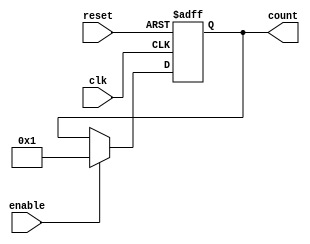
`timescale 1ns / 1ps
//////////////////////////////////////////////////////////////////////////////////
// Company: 
// Engineer: 
// 
// Design Name: 
// Module Name: blocking_counter
// Project Name: 
// Target Devices: 
// Tool Versions: 
// Description: 
// 
// Dependencies: 
// 
// Revision:
// Revision 0.01 - File Created
// Additional Comments:
// 
//////////////////////////////////////////////////////////////////////////////////


module counter(reset,clk,enable,count);
input reset,clk;
input enable;
parameter COUNT_LEN=10;
output reg[COUNT_LEN:0]count;

always@(posedge clk or posedge reset)
begin
if(reset) begin

count=0;

end
else if(enable)
begin
//if(count)
count=1;

//count=1;
//count=count+1;
end
else begin
count=count;
end

end
endmodule